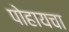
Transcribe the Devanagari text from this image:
पोहायचा